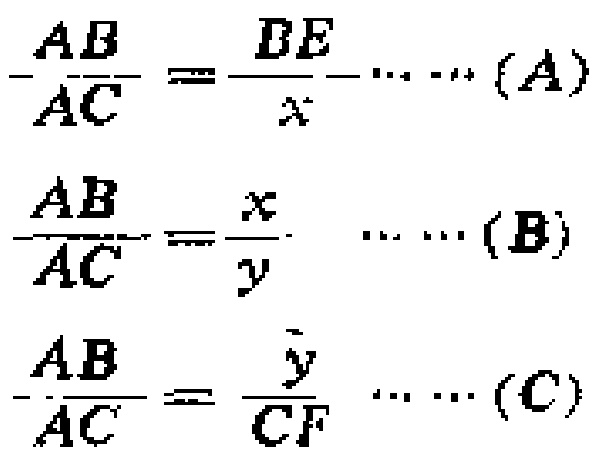
\(-\frac{AB}{AC}=\frac{DE}{x}\cdots\cdots(A)\)
\(\frac{AB}{AC}=\frac{x}{y}\cdots\cdots(B)\)
\(-\frac{AB}{AC}=\frac{y}{CF}\cdots\cdots(C)\)